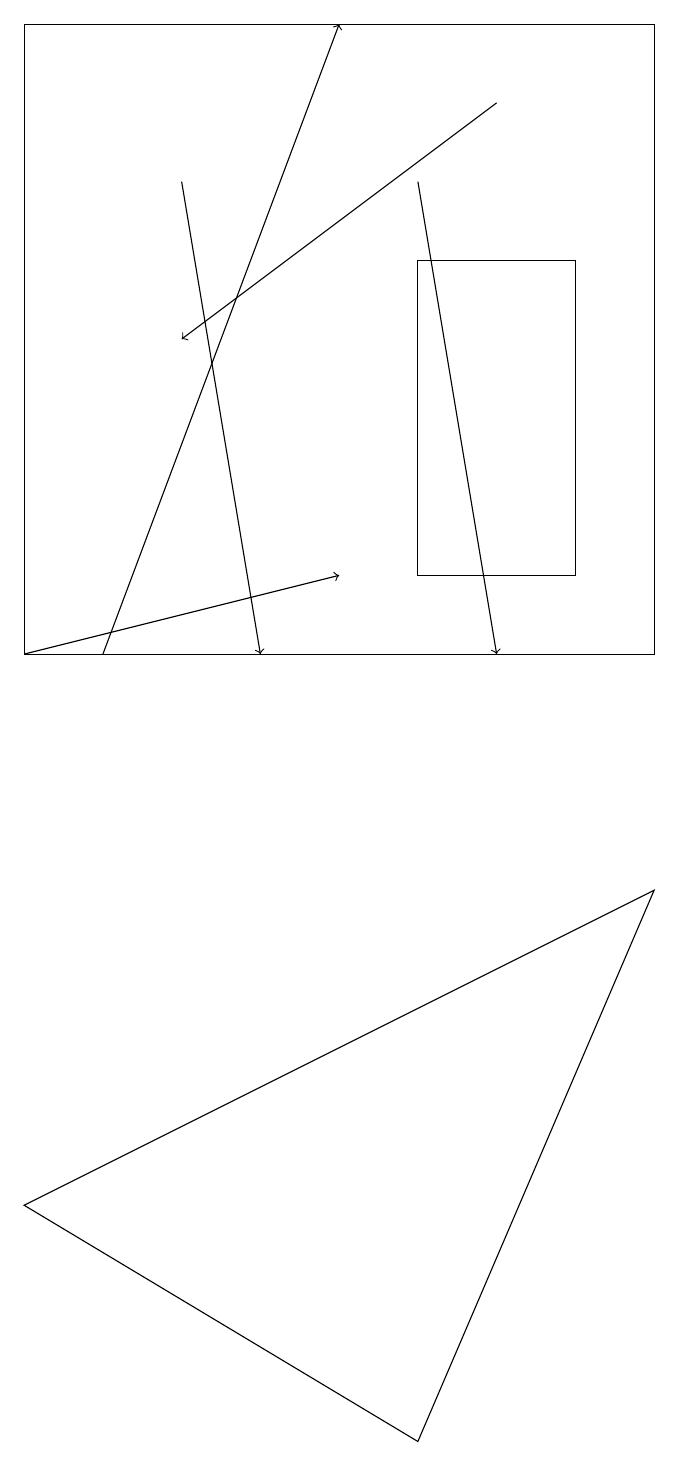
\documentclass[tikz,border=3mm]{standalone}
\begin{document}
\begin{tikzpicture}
\draw[->] (1,11) -- (5,12);
\draw (9,19) rectangle (1,11);
\draw[->] (3,17) -- (4,11);
\draw (9,8) -- (6,1) -- (1,4) -- cycle;
\draw (8,12) rectangle (6,16);
\draw[->] (7,18) -- (3,15);
\draw[->] (6,17) -- (7,11);
\draw[->] (2,11) -- (5,19);
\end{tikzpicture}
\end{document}